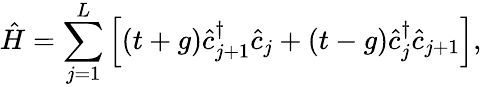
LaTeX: \hat{H}=\sum_{j=1}^{L}\left[(t+g)\hat{c}_{j+1}^{\dagger}\hat{c}_{j}+(t-g)\hat{c}_{j}^{\dagger}\hat{c}_{j+1}\right],